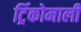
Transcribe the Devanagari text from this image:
ट्रिंकोमाली